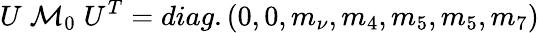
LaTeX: U\; {\cal M}_{0}\; U^{T}=diag.(0,0,m_{\nu},m_{4},m_{5},m_{5},m_{7})